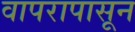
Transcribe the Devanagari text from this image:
वापरापासून